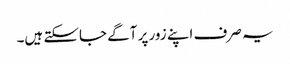
یہ صرف اپنے زور پر آگے جاسکتے ہیں۔